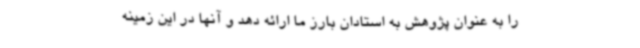
را به عنوان پژوهش به استادان بارز ما ارائه دهد و آنها در این زمینه